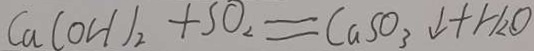
C a ( O H ) _ { 2 } + S O _ { 2 } = C a S O _ { 3 } \downarrow + H _ { 2 } O